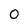
Character: 0